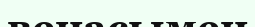
венасымен